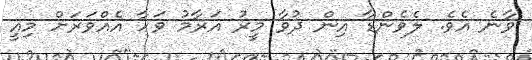
ވާނެ އެވެ. ލެވެންޑާ އިން ދުވާ މީރު އަރާމު ވަހާ އެއްވަރަށް މިއީ